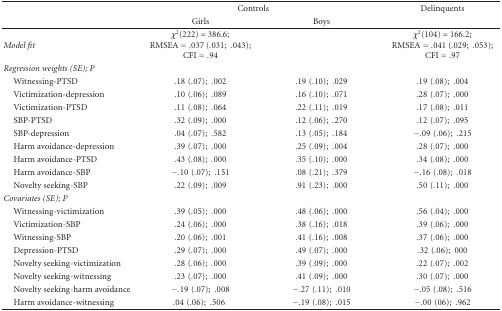
<table><thead><tr><td></td><td colspan="2"><b>Controls</b></td><td><b>Delinquents</b></td></tr><tr><td></td><td><b>Girls</b></td><td><b>Boys</b></td><td></td></tr></thead><tbody><tr><td><i>Model fit</i></td><td><i>χ</i><sup>2</sup>(222) = 386.6; RMSEA = .037 (.031; .043); CFI = .94</td><td></td><td><i>χ</i><sup>2</sup>(104) = 166.2; RMSEA = .041 (.029; .053); CFI = .97</td></tr><tr><td><i>Regression weights (SE); P</i></td><td></td><td></td><td></td></tr><tr><td> Witnessing-PTSD</td><td>.18(.07); .002</td><td>.19(.10); .029</td><td>.19(.08); .004</td></tr><tr><td> Victimization-depression</td><td>.10(.06); .089</td><td>.16(.10); .071</td><td>.28(.07); .000</td></tr><tr><td> Victimization-PTSD</td><td>.11(.08); .064</td><td>.22(.11); .019</td><td>.17(.08); .011</td></tr><tr><td> SBP-PTSD</td><td>.32(.09); .000</td><td>.12(.06); .270</td><td>.12(.07); .095</td></tr><tr><td> SBP-depression</td><td>.04(.07); .582</td><td>.13(.05); .184</td><td>−.09(.06); .215</td></tr><tr><td> Harm avoidance-depression</td><td>.39(.07); .000</td><td>.25(.09); .004</td><td>.28(.07); .000</td></tr><tr><td> Harm avoidance-PTSD</td><td>.43(.08); .000</td><td>.35(.10); .000</td><td>.34(.08); .000</td></tr><tr><td> Harm avoidance-SBP</td><td>−.10(.07); .151</td><td>.08(.21); .379</td><td>−.16(.08); .018</td></tr><tr><td> Novelty seeking-SBP</td><td>.22(.09); .009</td><td>.91(.23); .000</td><td>.50(.11); .000</td></tr><tr><td><i>Covariates (SE); P</i></td><td></td><td></td><td></td></tr><tr><td> Witnessing-victimization</td><td>.39(.05); .000</td><td>.48(.06); .000</td><td>.56(.04); .000</td></tr><tr><td> Victimization-SBP</td><td>.24(.06); .000</td><td>.38(.16); .018</td><td>.39(.06); .000</td></tr><tr><td> Witnessing-SBP</td><td>.20(.06); .001</td><td>.41(.16); .008</td><td>.37(.06); .000</td></tr><tr><td> Depression-PTSD</td><td>.29(.07); .000</td><td>.49(.07); .000</td><td>.32(.06); 000</td></tr><tr><td> Novelty seeking-victimization</td><td>.28(.06); .000</td><td>.39(.09); .000</td><td>.22(.07); .002</td></tr><tr><td> Novelty seeking-witnessing</td><td>.23(.07); .000</td><td>.41(.09); .000</td><td>.30(.07); .000</td></tr><tr><td> Novelty seeking-harm avoidance</td><td>−.19(.07); .008</td><td>−.27(.11); .010</td><td>−.05(.08); .516</td></tr><tr><td> Harm avoidance-witnessing</td><td>.04(.06); .506</td><td>−.19(.08); .015</td><td>−.00(06); .962</td></tr></tbody></table>